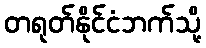
တရုတ်နိုင်ငံဘက်သို့